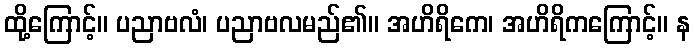
ထို့ကြောင့်။ ပညာဗလံ၊ ပညာဗလမည်၏။ အဟိရိကေ၊ အဟိရိကကြောင့်။ န